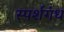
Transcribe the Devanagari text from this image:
स्पर्शगंध